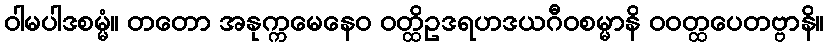
ဝါမပါဒစမ္မံ။ တတော အနုက္ကမေနေဝ ဝတ္ထိဥဒရဟဒယဂီဝစမ္မာနိ ဝဝတ္ထပေတဗ္ဗာနိ။